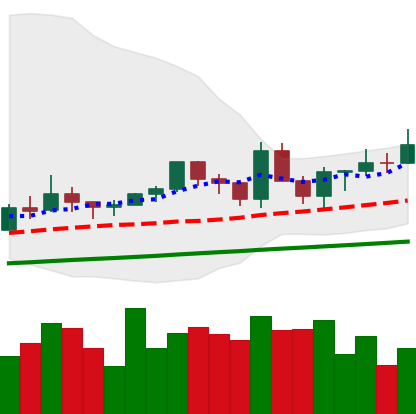
Ticker: EOS-USD
Chart end date: 2021-03-20
Forward return: -14.945%
Label: down_7plus